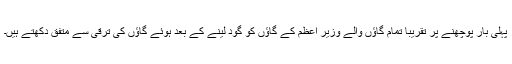
پہلی بار پوچھنے پر تقریباً تمام گاؤں والے وزیر اعظم کے گاؤں کو گود لینے کے بعد ہوئے گاؤں کی ترقی سے متفق دکھتے ہیں۔